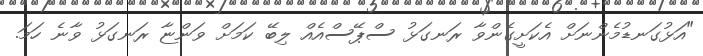
"އަޅުގަނޑުމެންނަށް އެކަށީގެންވާ ރަނގަޅު ސްޕޭސްއެއް ލިބޭ ކަމަށް ވަންޏާ ރަނގަޅު ވާނެ ހަމަ.